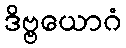
ဒိဗ္ဗယောဂံ